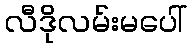
လီဒိုလမ်းမပေါ်